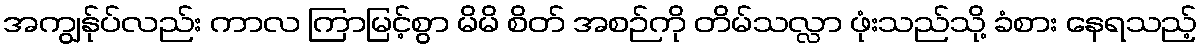
အကျွန်ုပ်လည်း ကာလ ကြာမြင့်စွာ မိမိ စိတ် အစဉ်ကို တိမ်သလ္လာ ဖုံးသည်သို့ ခံစား နေရသည့်